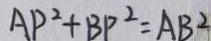
A P ^ { 2 } + B P ^ { 2 } = A B ^ { 2 }